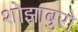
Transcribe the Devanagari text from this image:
शोझाबुरो